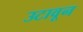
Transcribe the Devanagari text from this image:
उटावून